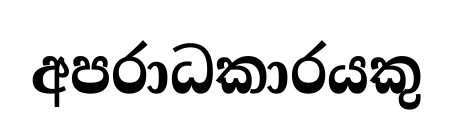
අපරාධකාරයකු